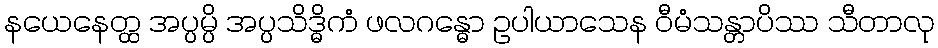
နယေနေတ္ထ အပ္ပမ္ပိ အပ္ပသိဒ္ဓိကံ ဖလဂန္ဓော ဥပါယာသေန ဝီမံသန္တာပိဿ သီတာလု